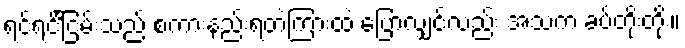
ရင်ရင်ြိငမ်းသည် စကားနည်းရတဲ့ကြားထဲ ပြောလျှင်လည်း အသံက ခပ်တိုးတိုး။